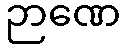
ဉာဏေ